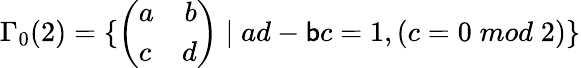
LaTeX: \Gamma_{0}(2)=\{ \left(\begin{array}{lr}{{a}}&{{b}}\\ {{c}}&{{d}}\end{array}\right)\; |\; ad-\mathsf{b}c=1,\left(c=0\; mod\; 2\right)\}